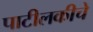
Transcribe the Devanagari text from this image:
पाटीलकीचे